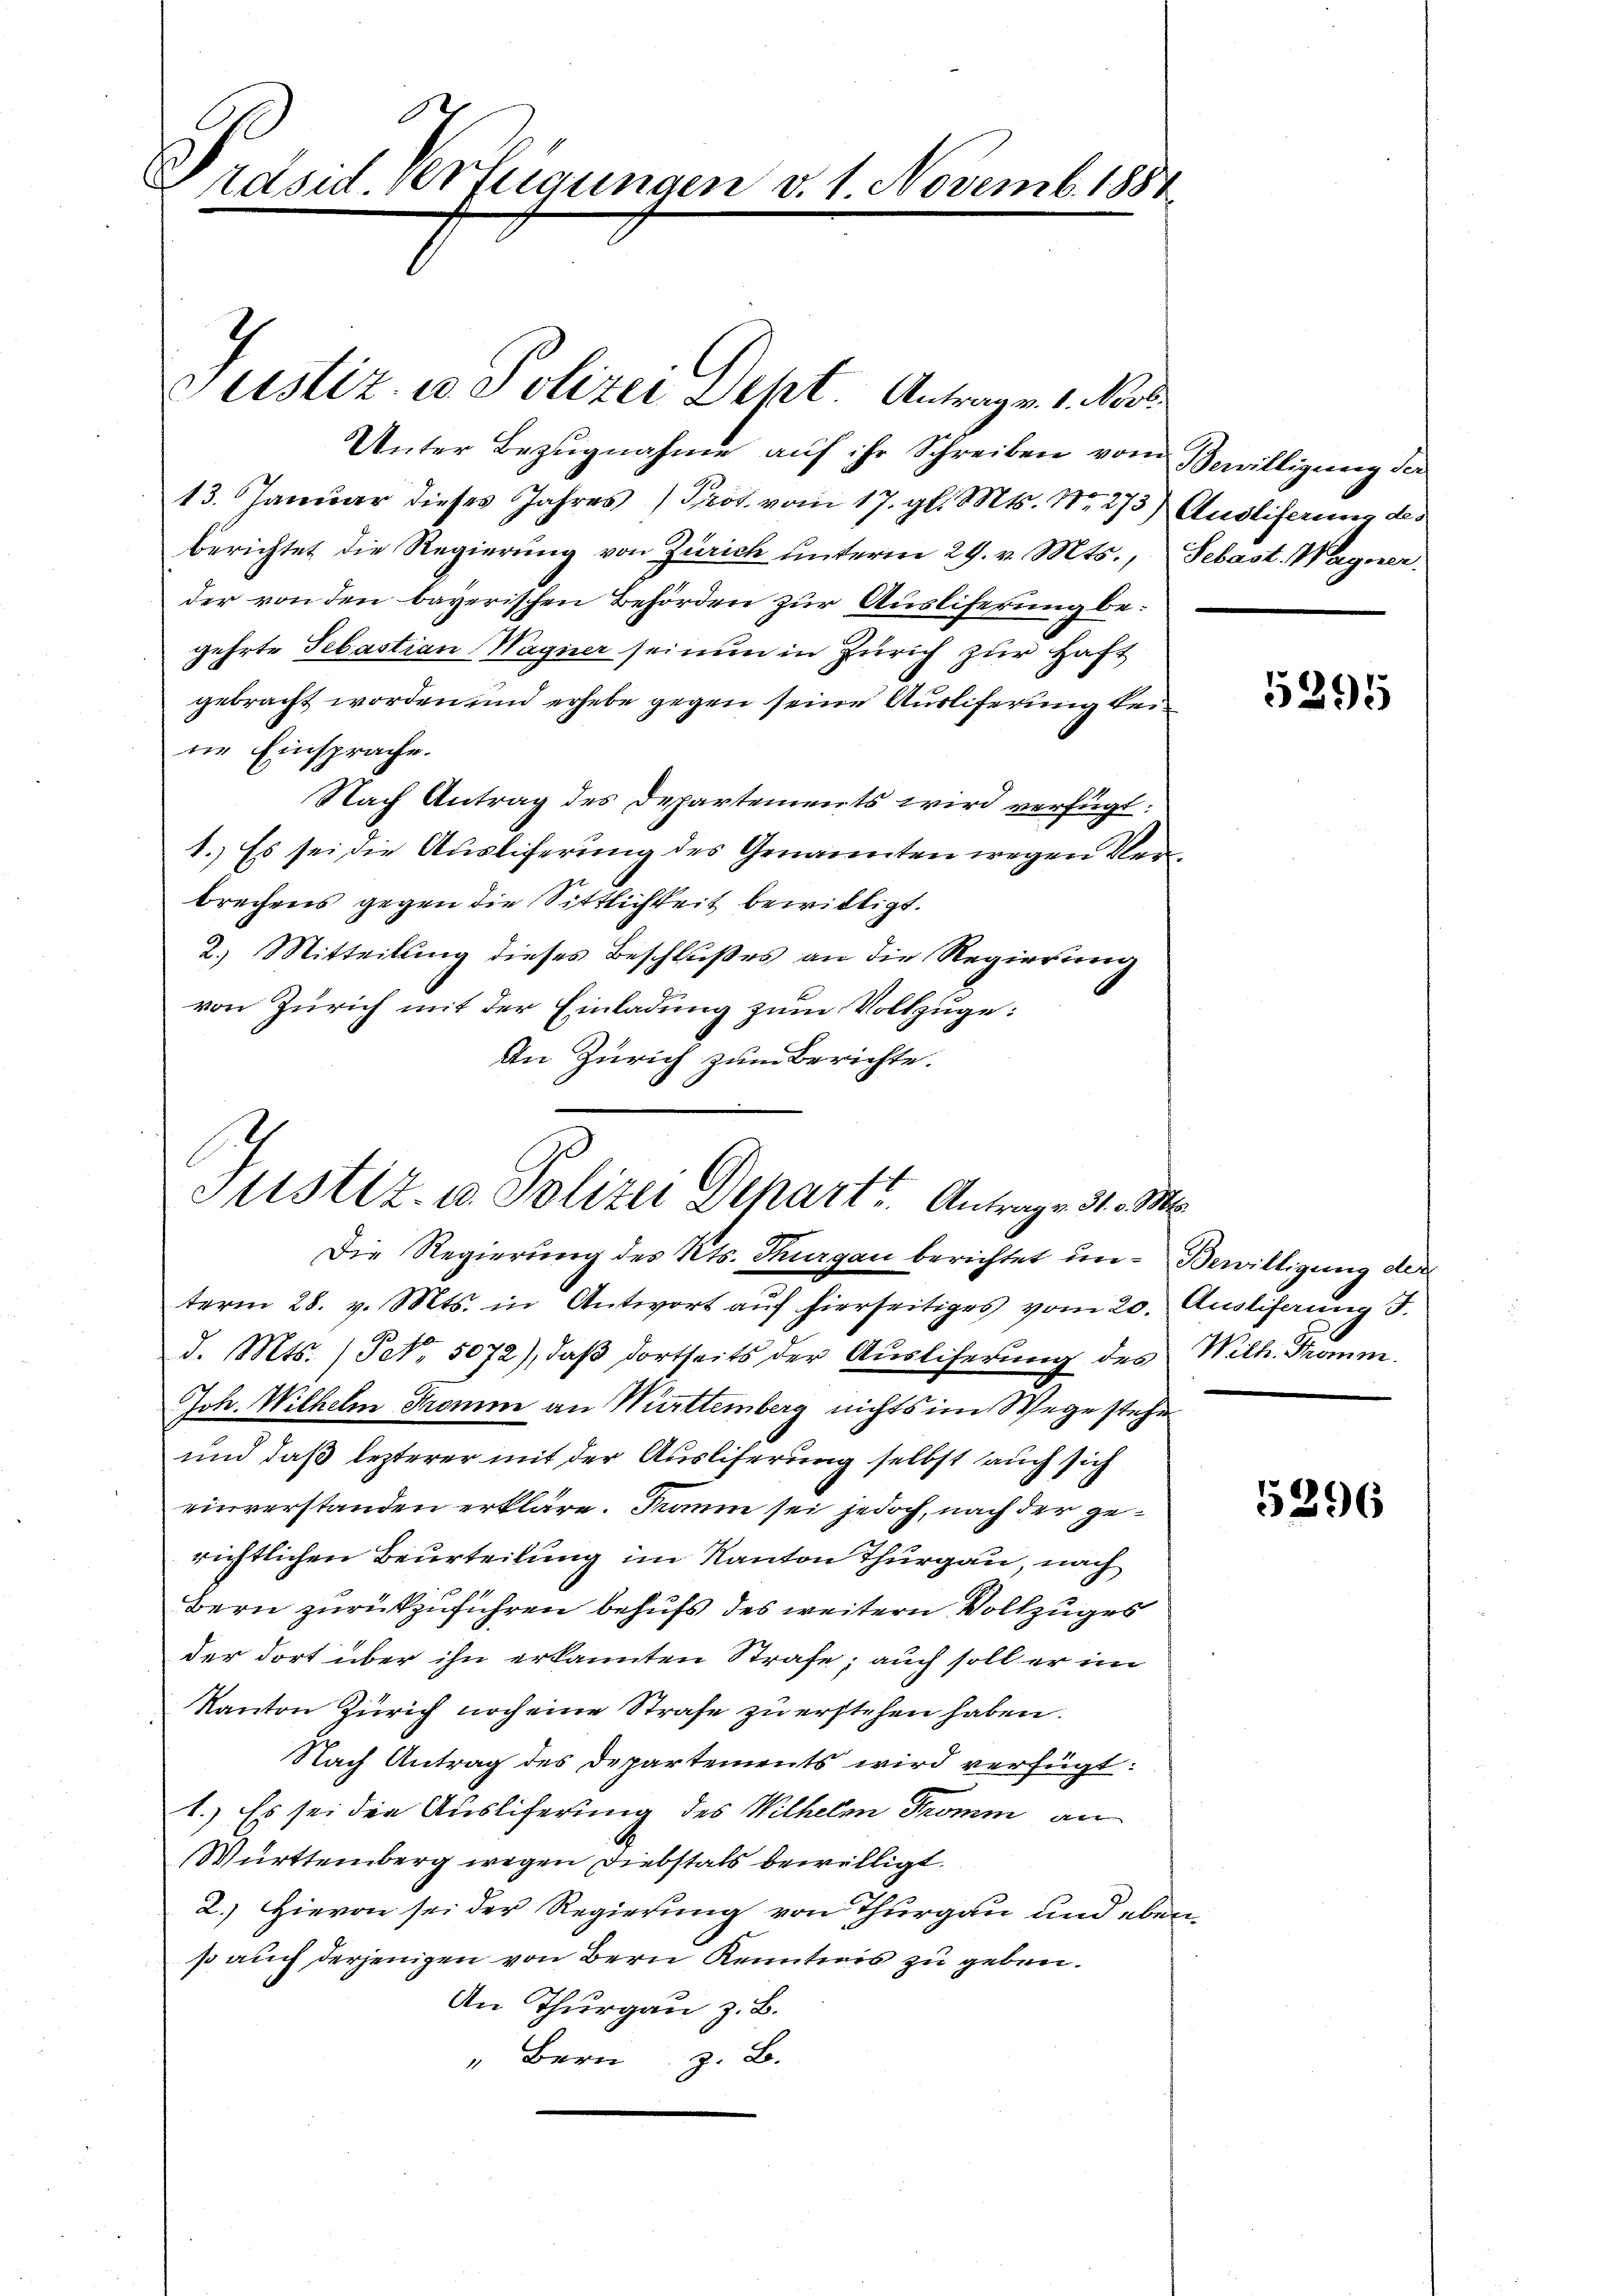
0
Präsid. Verfügungen v. 1. Novemb. 1884

Justiz u. Polizei Dept. Antrag v. 1. Not
Unter Bezugnahme auf ihr Schreiben vom Bewilligung der
13. Januar dieses Jahres Prod. vom 17. gl. Mts. Nr. 273) Ausliferung des
berichtet die Regierung von Zürich unterm 29. v. Mts., Sebast. Wagner.
der von den bayerischen Behörden zur Ausliferung begehrte Sebastian Wagner seinem in Zürich zur Haft
gebracht worden und erhebe gegen seine Ausliferung beine Einsprache.
Nach Antrag des Departements wird verfügt:
1.) Es sei die Ausliferung des Genannten wegen Verbrechens gegen die Sittlichkeit bewilligt.
2.) Mitteilung dieses Beschlußes an die Regierung
von Zürich mit der Einladung zum Vollzuge:
An Zürich zum Berichte.
Die Regierung des Kts. Thurgau berichtet in Bewilligung der
term 28. v. Mts. in Antwort auf hierseitiges vom 20. Ausliferung d.
d. Mts. /Pct. 5072), daß dortseits der Auslieferung des Wilh. Tromm.
Joh. Wilhelm Tramm an Württemberg nichts im Wege stehe
und daß lezterer mit der Ausliferung selbst auch sich
einverstanden erkläre. Damm sei jedoch, nach der gerichtlichen Beurteilung im Kanton Thurgau, nach
Bern zurückzuführen behufs des weitern Vollzuges
der dort über ihn erkannten Strafe; auch soll er im
Kanton Zürich noch eine Strafe zu erstehen haben.
Nach Antrag des Departements wird verfügt:
1.) Es sei den Ausliferung des Wilhelm Tromm an
Württemberg wegen Diebstals bewilligt.
2.) Hievon sei der Regierung von Thurgau und eben
so auch derjenigen von Bern Kenntnis zu geben.
An Thurgau z. B.
" Bern z. B.

Justiz- u. Polizei Depart. Antrage 31. M

t

5295

5296